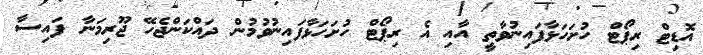
އޮޑިޓް ރިޕޯޓް ހުށަހަޅާފައިނުވާތީ އާއި އެ ރިޕޯޓް ހުށަހަޅާފައިނުވުމުން ދައްކަންޖެހޭ ޖޫރިމަނާ ފައިސާ